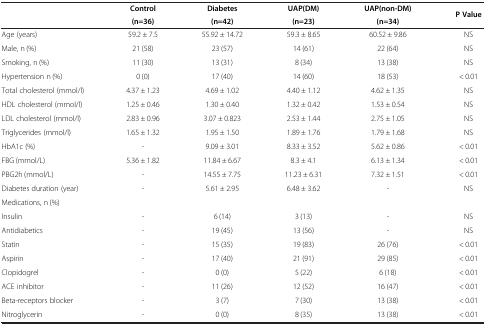
<table><thead><tr><td rowspan="2"><b> </b></td><td><b>Control</b></td><td><b>Diabetes</b></td><td><b>UAP(DM)</b></td><td><b>UAP(non-DM)</b></td><td rowspan="2"><b>P Value</b></td></tr><tr><td><b>(n=36)</b></td><td><b>(n=42)</b></td><td><b>(n=23)</b></td><td><b>(n=34)</b></td></tr></thead><tbody><tr><td>Age (years)</td><td>59.2 ± 7.5</td><td>55.92 ± 14.72</td><td>59.3 ± 8.65</td><td>60.52 ± 9.86</td><td>NS</td></tr><tr><td>Male, n (%)</td><td>21 (58)</td><td>23 (57)</td><td>14 (61)</td><td>22 (64)</td><td>NS</td></tr><tr><td>Smoking, n (%)</td><td>11 (30)</td><td>13 (31)</td><td>8 (34)</td><td>13 (38)</td><td>NS</td></tr><tr><td>Hypertension n (%)</td><td>0 (0)</td><td>17 (40)</td><td>14 (60)</td><td>18 (53)</td><td>&lt; 0.01</td></tr><tr><td>Total cholesterol (mmol/l)</td><td>4.37 ± 1.23</td><td>4.69 ± 1.02</td><td>4.40 ± 1.12</td><td>4.62 ± 1.35</td><td>NS</td></tr><tr><td>HDL cholesterol (mmol/l)</td><td>1.25 ± 0.46</td><td>1.30 ± 0.40</td><td>1.32 ± 0.42</td><td>1.53 ± 0.54</td><td>NS</td></tr><tr><td>LDL cholesterol (mmol/l)</td><td>2.83 ± 0.96</td><td>3.07 ± 0.823</td><td>2.53 ± 1.44</td><td>2.75 ± 1.05</td><td>NS</td></tr><tr><td>Triglycerides (mmol/l)</td><td>1.65 ± 1.32</td><td>1.95 ± 1.50</td><td>1.89 ± 1.76</td><td>1.79 ± 1.68</td><td>NS</td></tr><tr><td>HbA1c (%)</td><td>-</td><td>9.09 ± 3.01</td><td>8.33 ± 3.52</td><td>5.62 ± 0.86</td><td>&lt; 0.01</td></tr><tr><td>FBG (mmol/L)</td><td>5.36 ± 1.82</td><td>11.84 ± 6.67</td><td>8.3 ± 4.1</td><td>6.13 ± 1.34</td><td>&lt; 0.01</td></tr><tr><td>PBG2h (mmol/L)</td><td>-</td><td>14.55 ± 7.75</td><td>11.23 ± 6.31</td><td>7.32 ± 1.51</td><td>&lt; 0.01</td></tr><tr><td>Diabetes duration (year)</td><td>-</td><td>5.61 ± 2.95</td><td>6.48 ± 3.62</td><td>-</td><td>NS</td></tr><tr><td colspan="6">Medications, n (%)</td></tr><tr><td>Insulin</td><td>-</td><td>6 (14)</td><td>3 (13)</td><td>-</td><td>NS</td></tr><tr><td>Antidiabetics</td><td>-</td><td>19 (45)</td><td>13 (56)</td><td>-</td><td>NS</td></tr><tr><td>Statin</td><td>-</td><td>15 (35)</td><td>19 (83)</td><td>26 (76)</td><td>&lt; 0.01</td></tr><tr><td>Aspirin</td><td>-</td><td>17 (40)</td><td>21 (91)</td><td>29 (85)</td><td>&lt; 0.01</td></tr><tr><td>Clopidogrel</td><td>-</td><td>0 (0)</td><td>5 (22)</td><td>6 (18)</td><td>&lt; 0.01</td></tr><tr><td>ACE inhibitor</td><td>-</td><td>11 (26)</td><td>12 (52)</td><td>16 (47)</td><td>&lt; 0.01</td></tr><tr><td>Beta-receptors blocker</td><td>-</td><td>3 (7)</td><td>7 (30)</td><td>13 (38)</td><td>&lt; 0.01</td></tr><tr><td>Nitroglycerin</td><td>-</td><td>0 (0)</td><td>8 (35)</td><td>13 (38)</td><td>&lt; 0.01</td></tr></tbody></table>